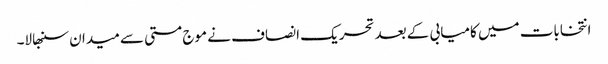
انتخابات میں کامیابی کے بعد تحریک انصاف نے موج مستی سے میدان سنبھالا۔